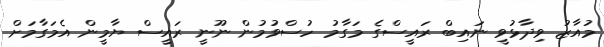
މުއާޒު ވިދާޅުވީ ނައިބް ރައީސްގެ މަގާމު ހުސްވުމުން ނޫނީ ރައީސް ޔާމީން އެމަގާމަށް